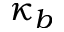
\kappa _ { b }